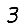
Digit: 3